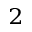
^ 2